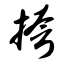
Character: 挎